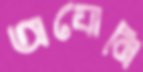
অযোনি